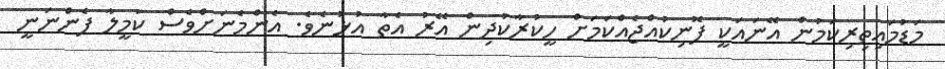
މަޑުމައިތިރިކަމުން އޭނައަކީ ފޮނިކުއްޖެއްކަމަށް ހީކުރާކުދިން އޭރު އެތާ އުޅުނެވެ. އެންމެނަށްވެސް ކަމީލާ ފެންނަނީ